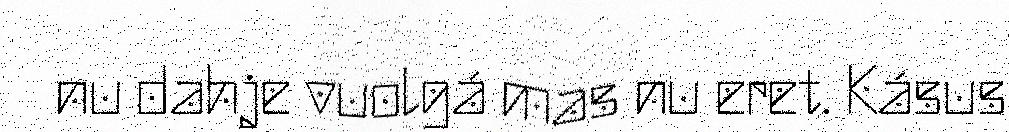
nu dahje vuolgá mas nu eret. Kásus